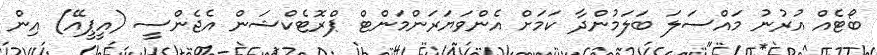
ބޯޓެއް އުރުނު މައްސަލަ ބަލަމުންދާ ކަމަށް އެންވަޔަރަންމަންޓް ޕްރޮޓެކްޝަން އެޖެންސީ (އީޕީއޭ) އިން